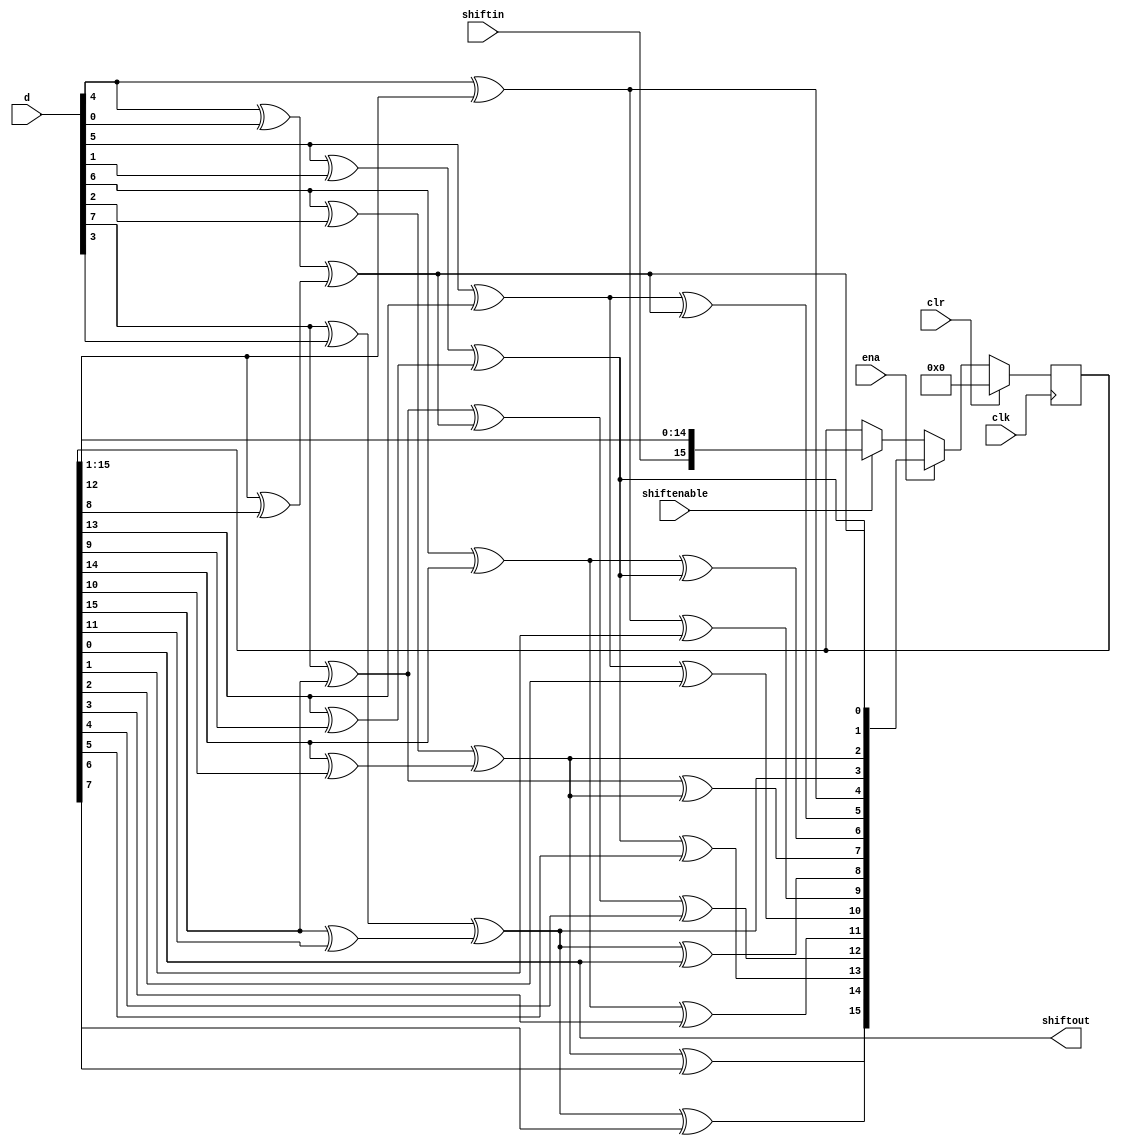
//altera message_off 10036
module alt_pfl_crc_calculate (clk, clr, d, ena, shiftenable, shiftin, shiftout);

input clk, clr, ena, shiftenable, shiftin;
input [7:0] d;
output shiftout;

reg abit;
reg [15:0] r;

wire [15:0] xor_out;
wire [15:0] temr;

assign temr[0] = d[4] ^ d[0];
assign temr[1] = d[5] ^ d[1];
assign temr[2] = d[6] ^ d[2];
assign temr[3] = d[7] ^ d[3];
assign temr[4] = r[12] ^ r[8];
assign temr[5] = r[13] ^ r[9];
assign temr[6] = r[14] ^ r[10];
assign temr[7] = r[15] ^ r[11];
assign temr[8] = d[4] ^ r[12];
assign temr[9] = d[5] ^ r[13];
assign temr[10] = d[6] ^ r[14];
assign temr[11] = d[7] ^ r[15];
assign temr[12] = temr[0] ^ temr[4];
assign temr[13] = temr[1] ^ temr[5];
assign temr[14] = temr[2] ^ temr[6];
assign temr[15] = temr[3] ^ temr[7];

assign xor_out[0] = temr[12];
assign xor_out[1] = temr[13];
assign xor_out[2] = temr[14];
assign xor_out[3] = temr[15];
assign xor_out[4] = temr[8];
assign xor_out[5] = temr[9] ^ temr[12];
assign xor_out[6] = temr[10] ^ temr[13];
assign xor_out[7] = temr[11] ^ temr[14];
assign xor_out[8] = temr[15] ^ r[0];
assign xor_out[9] = temr[8] ^ r[1];
assign xor_out[10] = temr[9] ^ r[2];
assign xor_out[11] = temr[10] ^ r[3];
assign xor_out[12] = temr[11] ^ temr[12] ^ r[4];
assign xor_out[13] = temr[13] ^ r[5];
assign xor_out[14] = temr[14] ^ r[6];
assign xor_out[15] = temr[15] ^ r[7];

always @(posedge clk)
begin
	if (clr)
		r <= 0;
	else begin
		if (ena)
			r <= xor_out;
		else if (shiftenable)
			{r,abit} <= {shiftin,r};
	end
end
assign shiftout = r[0];
endmodule